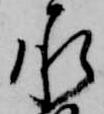
承